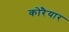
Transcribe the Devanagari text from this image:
कोरैयार